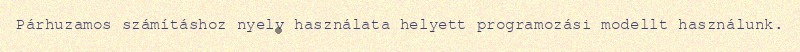
Párhuzamos számításhoz nyelv használata helyett programozási modellt használunk.